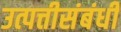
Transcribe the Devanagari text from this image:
उत्पत्तीसंबंधीं